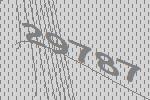
29787